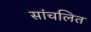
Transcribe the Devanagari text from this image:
सांचलित